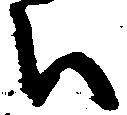
被